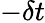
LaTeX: -\delta t